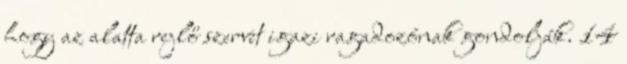
hogy az alatta rejlő szervet igazi ragadozónak gondolják. 14